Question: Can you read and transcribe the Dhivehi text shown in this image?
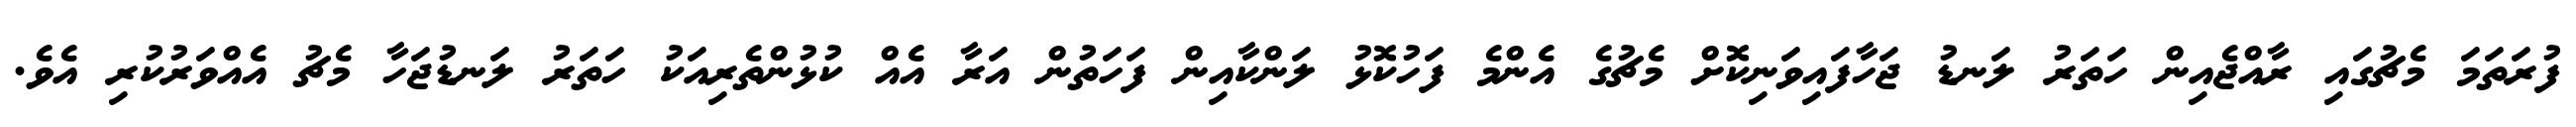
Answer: ފުރަތަމަ މެޗުގައި ރާއްޖެއިން ހަތަރު ލަނޑު ޖަހާފައިވަނިކޮށް މެޗުގެ އެންމެ ފަހުކޮޅު ލަންކާއިން ފަހަތުން އަރާ އެއް ކުޅުންތެރިއަކު ހަތަރު ލަނޑުޖަހާ މެޗު އެއްވަރުކުރި އެވެ.